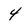
Character: 4